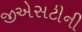
જીએસટીની